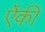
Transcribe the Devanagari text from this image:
ऐंकी